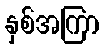
နှစ်အကြာ